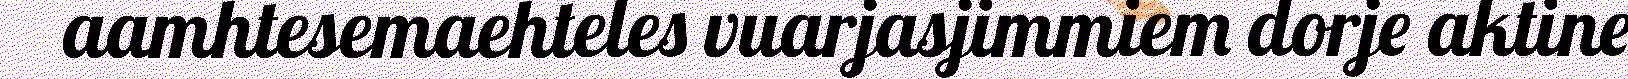
aamhtesemaehteles vuarjasjimmiem dorje aktine